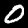
Label: 0